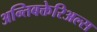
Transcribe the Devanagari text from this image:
अन्तिबक्तेरिअल्स